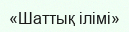
«Шаттық ілімі»